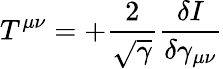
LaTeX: T^{\mu\nu}=+\frac{2}{\sqrt{\gamma}}\frac{\delta I}{\delta\gamma_{\mu\nu}}